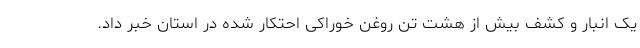
یک انبار و کشف بیش از هشت تن روغن خوراکی احتکار شده در استان خبر داد.